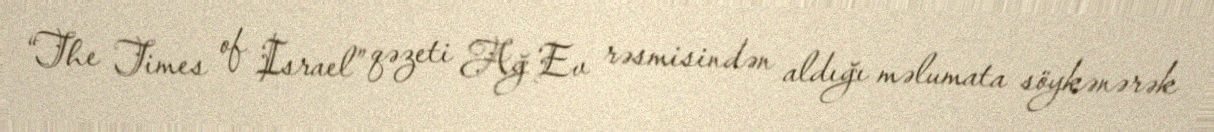
“The Times of Israel” qəzeti Ağ Ev rəsmisindən aldığı məlumata söykənərək